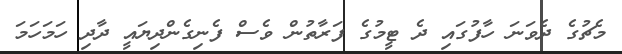
މެޗުގެ ދެވަނަ ހާފުގައި ދެ ޓީމުގެ ފަރާތުން ވެސް ފެނިގެންދިޔައީ ދާދި ހަމަހަމަ